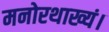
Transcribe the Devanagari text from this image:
मनोरथाख्यं।